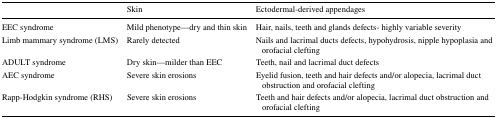
<table><thead><tr><td></td><td><b>Skin</b></td><td><b>Ectodermal-derived appendages</b></td></tr></thead><tbody><tr><td>EEC syndrome</td><td>Mild phenotype—dry and thin skin</td><td>Hair, nails, teeth and glands defects- highly variable severity</td></tr><tr><td>Limb mammary syndrome (LMS)</td><td>Rarely detected</td><td>Nails and lacrimal ducts defects, hypohydrosis, nipple hypoplasia and orofacial clefting</td></tr><tr><td>ADULT syndrome</td><td>Dry skin—milder than EEC</td><td>Teeth, nail and lacrimal duct defects</td></tr><tr><td>AEC syndrome</td><td>Severe skin erosions</td><td>Eyelid fusion, teeth and hair defects and/or alopecia, lacrimal duct obstruction and orofacial clefting</td></tr><tr><td>Rapp-Hodgkin syndrome (RHS)</td><td>Severe skin erosions</td><td>Teeth and hair defects and/or alopecia, lacrimal duct obstruction and orofacial clefting</td></tr></tbody></table>